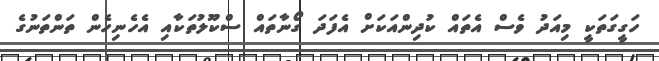
ހަގީގަތަކީ މިއަދު ވެސް އެތައް ކުދިންއަކަށް އެފަދަ ގޯނާތައް ސްކޫލުތަކާއި އެހެނިހެން ތަންތަނުގެ